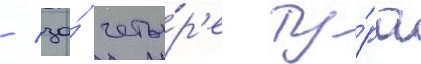
/ за́ четы́р'е ту́ра